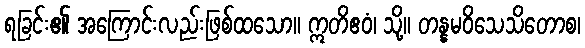
ရခြင်း၏ အကြောင်းလည်းဖြစ်ထသော။ ဣတိဧဝံ၊ သို့။ တန္နမဝိသေသိတောစ၊